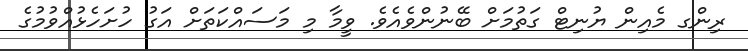
ރިންގ މެއިން ޔުނިޓް ގަތުމަށް ބޭނުންވެއެވެ. ވީމާ މި މަސައްކަތަށް އަގު ހުށަހެޅުއްވުމުގެ